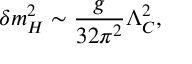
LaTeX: \delta m _ { H } ^ { 2 } \sim \frac { g } { 3 2 \pi ^ { 2 } } \Lambda _ { C } ^ { 2 } ,